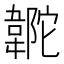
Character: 𩎼